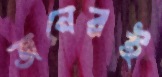
জনেরই